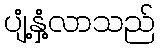
ပျံ့နှံ့လာသည်